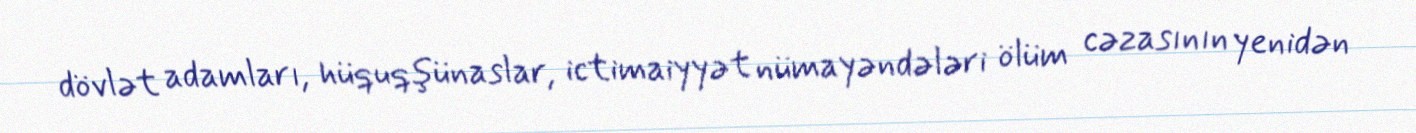
dövlət adamları, hüquqşünaslar, ictimaiyyət nümayəndələri ölüm cəzasının yenidən